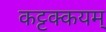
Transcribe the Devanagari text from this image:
कट्टक्कयम्